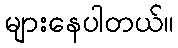
များနေပါတယ်။